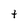
Character: t